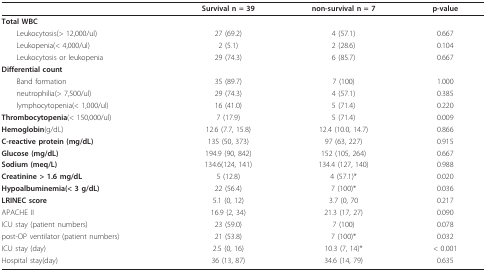
<table><thead><tr><td>[EMPTY_CELL]</td><td><b>Survival n = 39</b></td><td><b>non-survival n = 7</b></td><td><b>p-value</b></td></tr></thead><tbody><tr><td><b>Total WBC</b></td><td>[EMPTY_CELL]</td><td>[EMPTY_CELL]</td><td>[EMPTY_CELL]</td></tr><tr><td> Leukocytosis(&gt; 12,000/ul)</td><td>27 (69.2)</td><td>4 (57.1)</td><td>0.667</td></tr><tr><td> Leukopenia(&lt; 4,000/ul)</td><td>2 (5.1)</td><td>2 (28.6)</td><td>0.104</td></tr><tr><td> Leukocytosis or leukopenia</td><td>29 (74.3)</td><td>6 (85.7)</td><td>0.667</td></tr><tr><td><b>Differential count</b></td><td>[EMPTY_CELL]</td><td>[EMPTY_CELL]</td><td>[EMPTY_CELL]</td></tr><tr><td> Band formation</td><td>35 (89.7)</td><td>7 (100)</td><td>1.000</td></tr><tr><td> neutrophilia(&gt; 7,500/ul)</td><td>29 (74.3)</td><td>4 (57.1)</td><td>0.385</td></tr><tr><td> lymphocytopenia(&lt; 1,000/ul)</td><td>16 (41.0)</td><td>5 (71.4)</td><td>0.220</td></tr><tr><td><b>Thrombocytopenia</b>(&lt; 150,000/ul)</td><td>7 (17.9)</td><td>5 (71.4)</td><td>0.009</td></tr><tr><td><b>Hemoglobin</b>(g/dL)</td><td>12.6 (7.7, 15.8)</td><td>12.4 (10.0, 14.7)</td><td>0.866</td></tr><tr><td><b>C-reactive protein (mg/dL)</b></td><td>135 (50, 373)</td><td>97 (63, 227)</td><td>0.915</td></tr><tr><td><b>Glucose (mg/dL)</b></td><td>194.9 (90, 842)</td><td>152 (105, 264)</td><td>0.667</td></tr><tr><td><b>Sodium (meq/L)</b></td><td>134.6(124, 141)</td><td>134.4 (127, 140)</td><td>0.988</td></tr><tr><td><b>Creatinine &gt; 1.6 mg/dL</b></td><td>5 (12.8)</td><td>4 (57.1)*</td><td>0.020</td></tr><tr><td><b>Hypoalbuminemia(&lt; 3 g/dL)</b></td><td>22 (56.4)</td><td>7 (100)*</td><td>0.036</td></tr><tr><td><b>LRINEC score</b></td><td>5.1 (0, 12)</td><td>3.7 (0, 70</td><td>0.217</td></tr><tr><td>APACHE II</td><td>16.9 (2, 34)</td><td>21.3 (17, 27)</td><td>0.090</td></tr><tr><td>ICU stay (patient numbers)</td><td>23 (59.0)</td><td>7 (100)</td><td>0.078</td></tr><tr><td>post-OP ventilator (patient numbers)</td><td>21 (53.8)</td><td>7 (100)*</td><td>0.032</td></tr><tr><td>ICU stay (day)</td><td>2.5 (0, 16)</td><td>10.3 (7, 14)*</td><td>&lt; 0.001</td></tr><tr><td>Hospital stay(day)</td><td>36 (13, 87)</td><td>34.6 (14, 79)</td><td>0.635</td></tr></tbody></table>